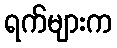
ရက်များက